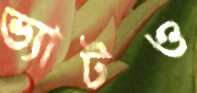
ভ্যাটও